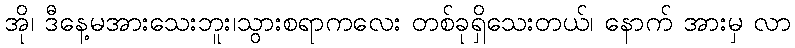
အို၊ ဒီနေ့မအားသေးဘူး၊သွားစရာကလေး တစ်ခုရှိသေးတယ်၊ နောက် အားမှ လာ